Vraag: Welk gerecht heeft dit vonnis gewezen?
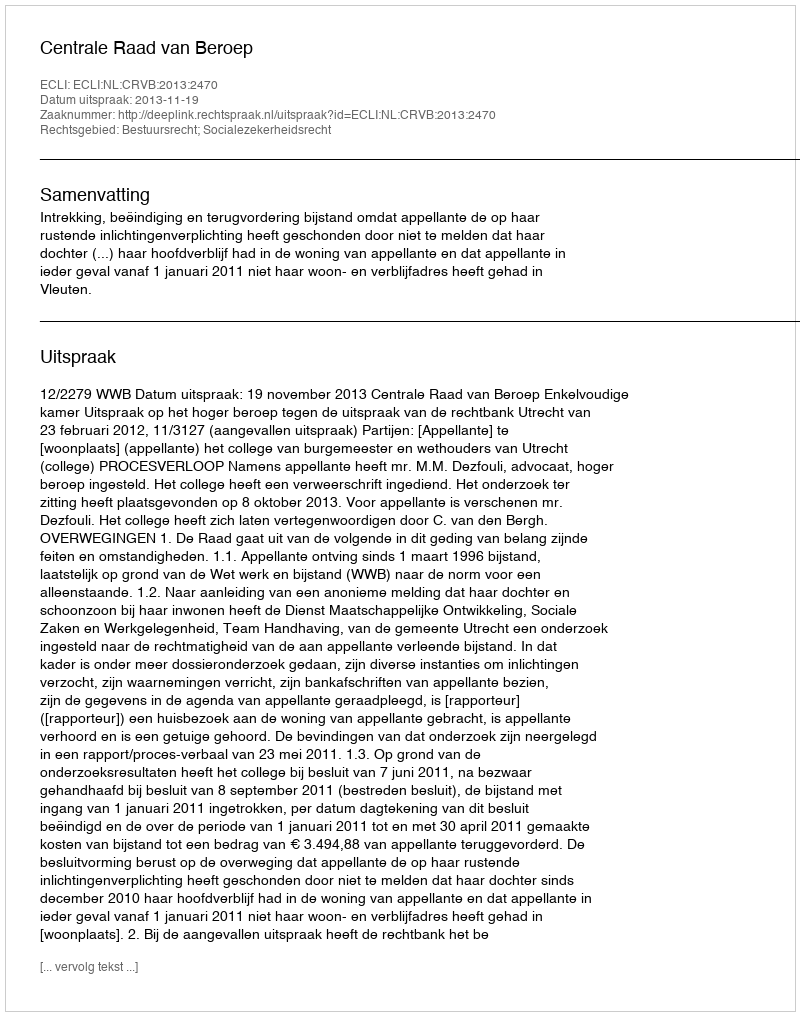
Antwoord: Centrale Raad van Beroep